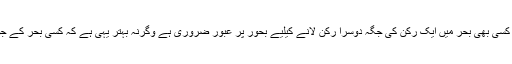
کہنے کا مطلب یہ کہ ہر بحر کا اپنا مخصوص نظام ہے اور کسی بھی بحر میں ایک رکن کی جگہ دوسرا رکن لانے کیلیے بحور پر عبور ضروری ہے وگرنہ بہتر یہی ہے کہ کسی بحر کے جو نارمل ارکان مستعمل ہوتے ہیں انہی کو استعمال کیا جائے۔